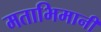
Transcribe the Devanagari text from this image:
मताभिमानी